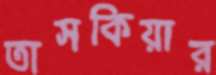
তাসকিয়ার